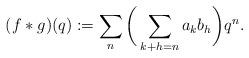
LaTeX: \begin{align*} (f*g)(q) := \sum_{n}\bigg(\sum_{k+h=n} a_k b_h\bigg) q^n.\end{align*}